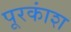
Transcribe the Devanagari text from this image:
पूरकांश